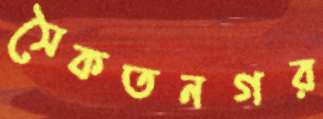
সৈকতনগর